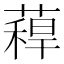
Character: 𮑉